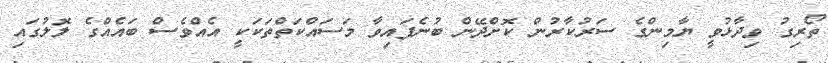
ތޯރިގު ވިދާޅުވީ ޔާމިންގެ ސަރުކާރުން ކޮށްދޭން ބުނެފައިވާ މަސައްކަތްތަކަކީ އެއްވެސް ބައެއްގެ ލޮލުގައި